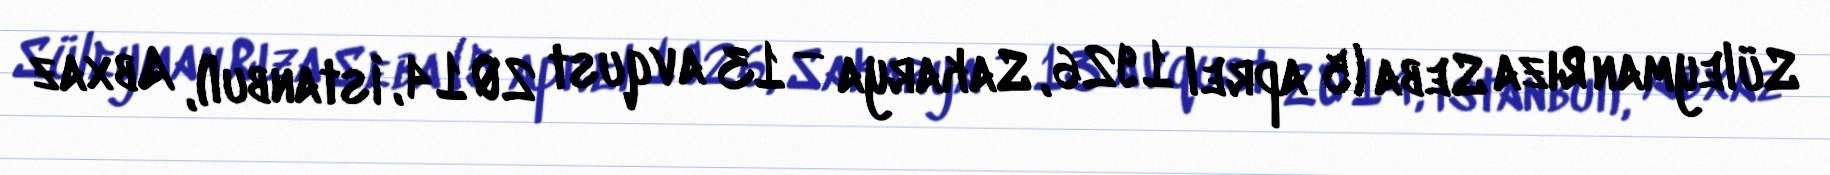
Süleyman Rıza Seba (5 aprel 1926, Sakarya — 13 avqust 2014, İstanbul), Abxaz